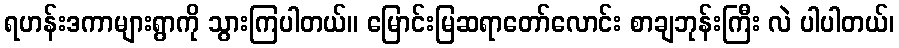
ရဟန်းဒကာများရွာကို သွားကြပါတယ်။ မြောင်းမြဆရာတော်လောင်း စာချဘုန်းကြီး လဲ ပါပါတယ်၊